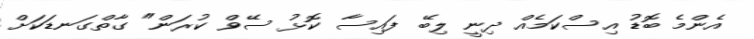
އެންމެ ބޮޑު އިސްކަމެއް ދިނީ ލިބޭ ފައިސާ ކޮޅު ސޭވް ކުރަން" ގާތްގަނޑަކަށް